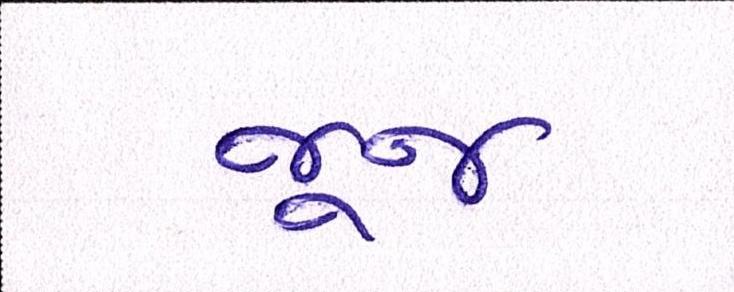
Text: જૂજ